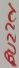
Text: Buzzer